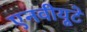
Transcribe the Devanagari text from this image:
एनवीयूटे